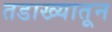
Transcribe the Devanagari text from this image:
तडाख्यातून